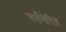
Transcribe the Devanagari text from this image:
मर्सेनेरिस़